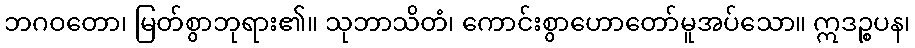
ဘဂဝတော၊ မြတ်စွာဘုရား၏။ သုဘာသိတံ၊ ကောင်းစွာဟောတော်မူအပ်သော။ ဣဒဉ္စပန၊